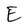
Character: E